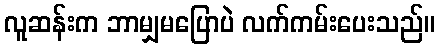
လူဆန်းက ဘာမျှမပြောပဲ လက်ကမ်းပေးသည်။